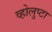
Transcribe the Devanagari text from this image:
व्होलुप्टा